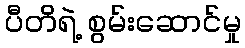
ပီတိရဲ့ စွမ်းဆောင်မှု